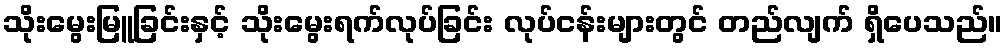
သိုးမွေးမြူခြင်းနှင့် သိုးမွေးရက်လုပ်ခြင်း လုပ်ငန်းများတွင် တည်လျက် ရှိပေသည်။